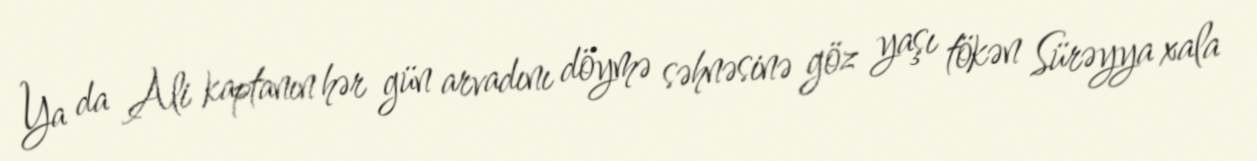
Ya da Ali kaptanın hər gün arvadını döymə səhnəsinə göz yaşı tökən Sürəyya xala